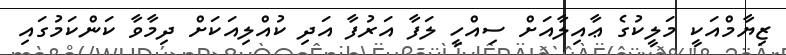
ޒިޔާމްއަކީ މަލީކުގެ ޢާއިލާއަށް ސިއްހީ ލަފާ އަރުފާ އަދި ކުއްލިއަކަށް ދިމާވާ ކަންކަމުގައި